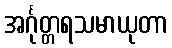
အင်္ဂုတ္တရသမာယုတာ